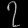
Digit: ၇